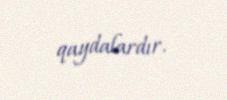
qaydalardır.